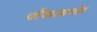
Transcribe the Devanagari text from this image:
चौकासमोर